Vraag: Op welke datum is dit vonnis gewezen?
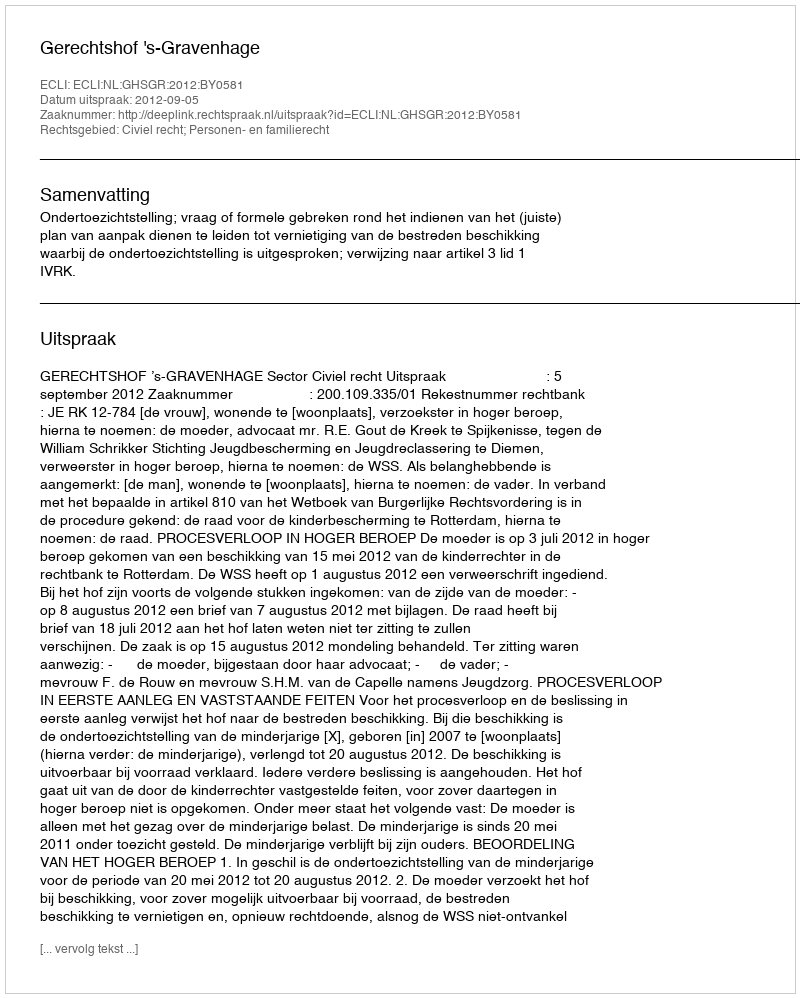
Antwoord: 2012-09-05